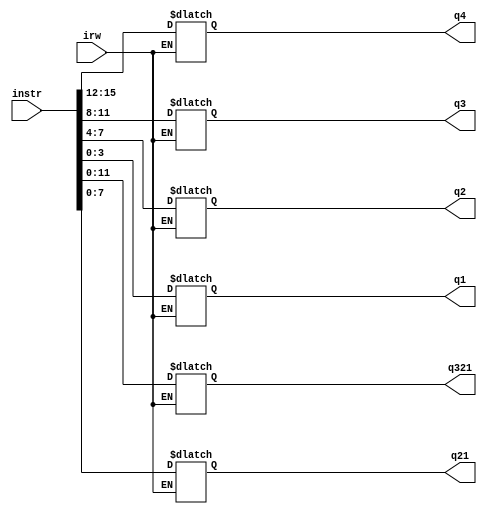
module InstrReg(
      input [15:0] instr,
      input irw,
      output reg [3:0] q4, q3, q2, q1,
      output reg [11:0] q321,
      output reg [7:0] q21
);

      always @(*) begin
            if(irw) begin
                  q4 <= instr[15:12];
                  q3 <= instr[11:8];
                  q2 <= instr[7:4];
                  q1 <= instr[3:0];
                  q321 <= instr[11:0];
                  q21 <= instr[7:0];   
            end
      end
endmodule